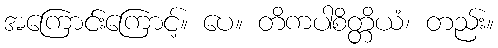
အကြောင်းကြောင့်။ ပေ။ တိကပါစိတ္တိယံ၊ တည်း။